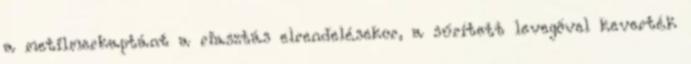
a metilmerkaptánt a riasztás elrendelésekor, a sűrített levegővel keverték